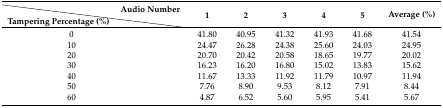
|  | Audio Number | <ROWSPAN=2> 1 | <ROWSPAN=2> 2 | <ROWSPAN=2> 3 | <ROWSPAN=2> 4 | <ROWSPAN=2> 5 | <ROWSPAN=2> Average (%) |
 | Tampering Percentage (%) |  |
 | --- | --- | --- | --- | --- | --- | --- | --- |
 | <COLSPAN=2> 0 | 41.80 | 40.95 | 41.32 | 41.93 | 41.68 | 41.54 |
 | <COLSPAN=2> 10 | 24.47 | 26.28 | 24.38 | 25.60 | 24.03 | 24.95 |
 | <COLSPAN=2> 20 | 20.70 | 20.42 | 20.58 | 18.65 | 19.77 | 20.02 |
 | <COLSPAN=2> 30 | 16.23 | 16.20 | 16.80 | 15.02 | 13.83 | 15.62 |
 | <COLSPAN=2> 40 | 11.67 | 13.33 | 11.92 | 11.79 | 10.97 | 11.94 |
 | <COLSPAN=2> 50 | 7.76 | 8.90 | 9.53 | 8.12 | 7.91 | 8.44 |
 | <COLSPAN=2> 60 | 4.87 | 6.52 | 5.60 | 5.95 | 5.41 | 5.67 |